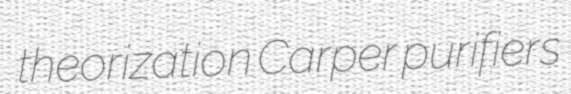
theorization Carper purifiers